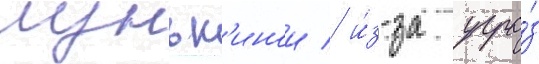
луньк'инои / и́з-за угро́з